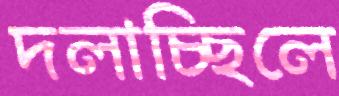
দলাচ্ছিলে